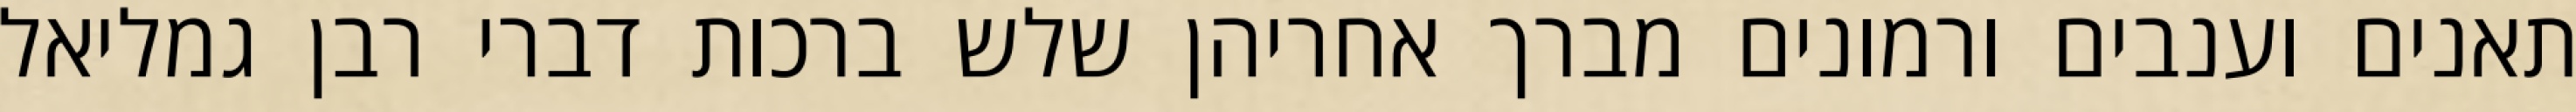
תאנים וענבים ורמונים מברך אחריהן שלש ברכות דברי רבן גמליאל